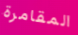
المقامرة